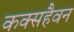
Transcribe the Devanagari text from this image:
कक्सहैवन